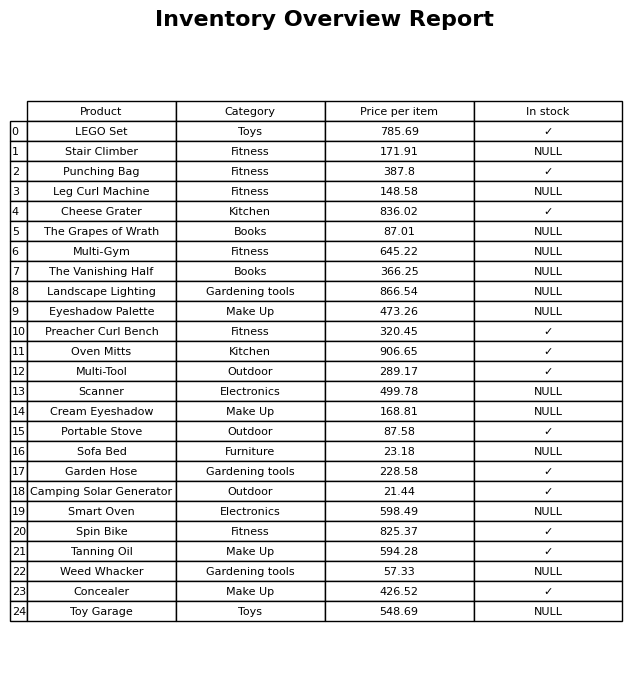
question: Is the Multi-Gym in stock?
answer: NULL